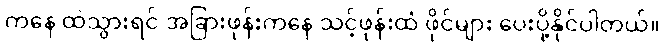
ကနေ ထဲသွားရင် အခြားဖုန်းကနေ သင့်ဖုန်းထံ ဖိုင်များ ပေးပို့နိုင်ပါတယ်။